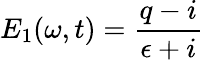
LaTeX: E_{1}(\omega,t)=\frac{q-i}{\epsilon+i}